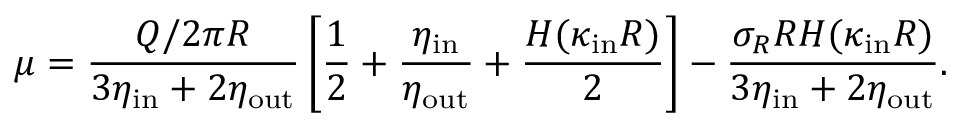
\mu = \frac { Q / 2 \pi R } { 3 \eta _ { \mathrm { i n } } + 2 \eta _ { \mathrm { o u t } } } \left[ \frac { 1 } { 2 } + \frac { \eta _ { \mathrm { i n } } } { \eta _ { \mathrm { o u t } } } + \frac { H ( \kappa _ { \mathrm { i n } } R ) } { 2 } \right] - \frac { \sigma _ { R } R H ( \kappa _ { \mathrm { i n } } R ) } { 3 \eta _ { \mathrm { i n } } + 2 \eta _ { \mathrm { o u t } } } .